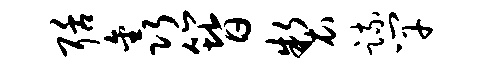
聒鑫簪制疏竿